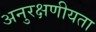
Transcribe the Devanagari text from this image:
अनुरक्षणीयता